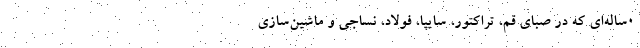
0ساله‌ای که در صبای قم، تراکتور، سایپا، فولاد، نساجی و ماشین‌سازی